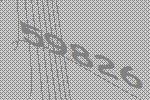
59826